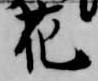
花